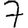
Digit: 7